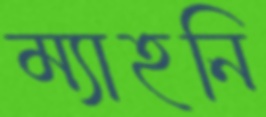
ম্যাহনি